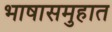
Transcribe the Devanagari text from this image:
भाषासमुहात